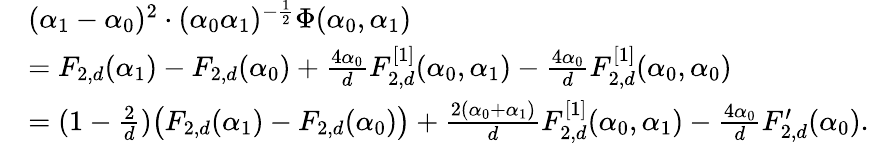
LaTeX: \begin{array}{rl}&{(\alpha_{1}-\alpha_{0})^{2}\cdot(\alpha_{0}\alpha_{1})^{-\frac 12}\Phi(\alpha_{0},\alpha_{1})}\\ &{=F_{2,d}(\alpha_{1})-F_{2,d}(\alpha_{0})+\frac{4\alpha_{0}}{d}F_{2,d}^{[1]}(\alpha_{0},\alpha_{1})-\frac{4\alpha_{0}}{d}F_{2,d}^{[1]}(\alpha_{0},\alpha_{0})}\\ &{=(1-\frac{2}{d})\big(F_{2,d}(\alpha_{1})-F_{2,d}(\alpha_{0})\big)+\frac{2(\alpha_{0}+\alpha_{1})}{d}F_{2,d}^{[1]}(\alpha_{0},\alpha_{1})-\frac{4\alpha_{0}}{d}F_{2,d}^{\prime}(\alpha_{0}).}\end{array}